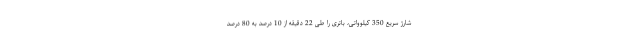
شارژ سریع 350 کیلوواتی، باتری را طی 22 دقیقه از 10 درصد به 80 درصد